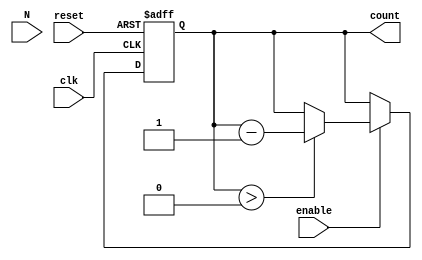
module down_counter (
    input wire clk,           // Clock signal
    input wire enable,        // Enable signal
    input wire reset,         // Asynchronous reset signal
    input wire [N-1:0] N,     // Maximum value (N)
    output reg [N-1:0] count   // Current count value
);

parameter N = 8; // Example maximum value, can be adjusted as needed

// Asynchronous reset
always @(posedge clk or posedge reset) begin
    if (reset) begin
        count <= N; // Set count to N on reset
    end else if (enable) begin
        if (count > 0) begin
            count <= count - 1; // Decrement count if enable is high and count > 0
        end
        // If count is already 0, do nothing (hold at zero)
    end
end

endmodule